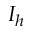
I _ { h }